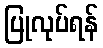
ပြုလုပ်ရန်